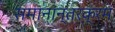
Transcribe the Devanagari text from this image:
समानान्तरक्रम